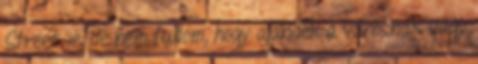
Street-ié, de nem tudom, hogy ajándék a városnak vagy